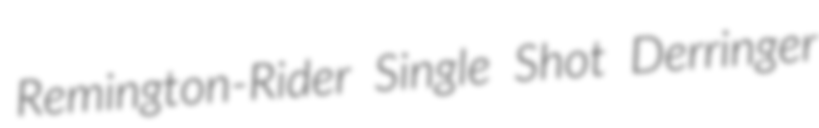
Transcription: Remington-Rider Single Shot Derringer